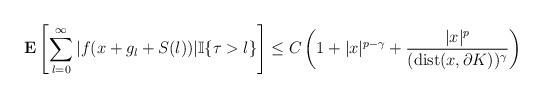
LaTeX: \begin{align*}\mathbf{E}\left[\sum_{l=0}^{\infty}|f(x+g_l+S(l))|\mathbb{I}\{\tau>l\}\right]\le C\left(1+|x|^{p-\gamma}+\frac{|x|^p}{({\rm dist}(x,\partial K))^\gamma}\right)\end{align*}